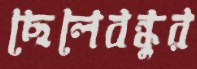
ছেলেবন্ধুর